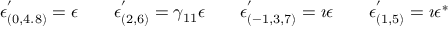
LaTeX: \epsilon _ { ( 0 , 4 . 8 ) } ^ { ' } = \epsilon \qquad \epsilon _ { ( 2 , 6 ) } ^ { ' } = \gamma _ { 1 1 } \epsilon \qquad \epsilon _ { ( - 1 , 3 , 7 ) } ^ { ' } = \imath \epsilon \qquad \epsilon _ { ( 1 , 5 ) } ^ { ' } = \imath \epsilon ^ { \ast }